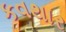
કવથાર